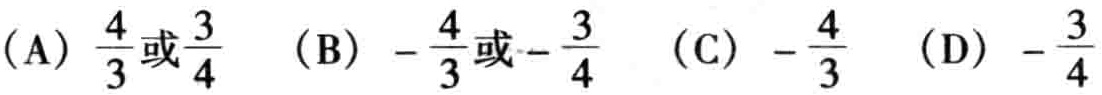
（A）$\frac{4}{3}或\frac{3}{4}$ （B）$-\frac{4}{3}或-\frac{3}{4}$ （C）$-\frac{4}{3}$ （D）$-\frac{3}{4}$